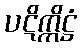
ပဋိက္ကိဋ္ဌံ